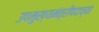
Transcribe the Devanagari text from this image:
उपमुख्यमंत्रीपदाच्या